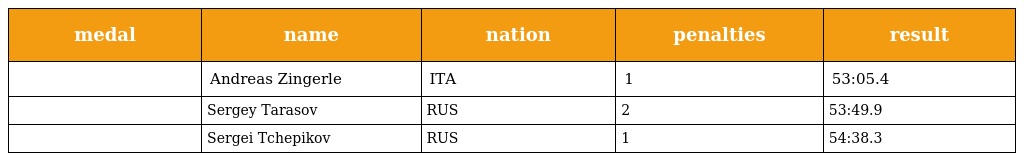
| medal | name | nation | penalties | result |
 | --- | --- | --- | --- | --- |
 |  | Andreas Zingerle | ITA | 1 | 53:05.4 |
 |  | Sergey Tarasov | RUS | 2 | 53:49.9 |
 |  | Sergei Tchepikov | RUS | 1 | 54:38.3 |